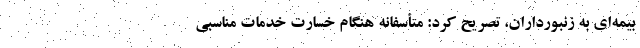
بیمه‌ای به زنبورداران، تصریح کرد: متأسفانه هنگام خسارت خدمات مناسبی